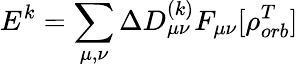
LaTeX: E^{k}=\sum_{\mu,\nu}\Delta D_{\mu\nu}^{(k)}F_{\mu\nu}[\rho_{orb}^{T}]